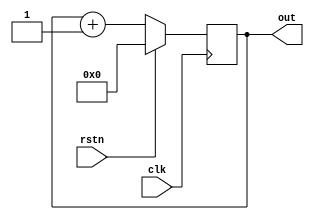
/* Make Verilog Testbench RTL Diagram
Copyright (C) 2021 Make Verilog Testbench RTL Diagram Authors.
This program is free software: you can redistribute it and/or modify
it under the terms of the GNU General Public License as published by
the Free Software Foundation, either version 3 of the License, or
(at your option) any later version.
This program is distributed in the hope that it will be useful,
but WITHOUT ANY WARRANTY; without even the implied warranty of
MERCHANTABILITY or FITNESS FOR A PARTICULAR PURPOSE.  See the
GNU General Public License for more details.
You should have received a copy of the GNU General Public License
along with this program.  If not, see <http://www.gnu.org/licenses/>.
==============================================================================*/

`timescale 1ns/10ps

module counter # (
    parameter width = 4
) (
        input   clk,
        input   rstn,
        output  reg [width - 1:0]       out
);
    always @(posedge clk) begin
        if(!rstn) begin
            out <= out + 1;
        end else begin
            out <= 0;
        end
    end

endmodule